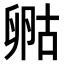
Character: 𠷞